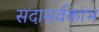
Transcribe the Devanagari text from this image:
सदासर्वकाभ